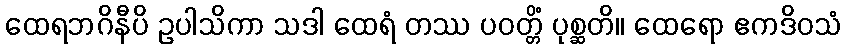
ထေရဘဂိနီပိ ဥပါသိကာ သဒါ ထေရံ တဿ ပဝတ္တိံ ပုစ္ဆတိ။ ထေရော ဧကဒိဝသံ